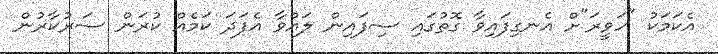
އެކަމަކު "ހަވީރަ"ށް އެނގިފައިވާ ގޮތުގައި ސިފައިން ލައްވާ އެފަދަ ކަމެއް ކުރަން ސަރުކާރުން